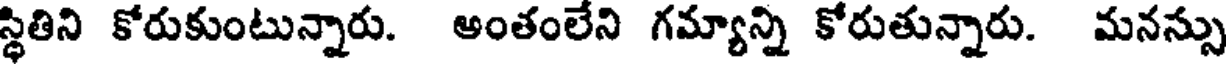
స్థితిని కోరుకుంటున్నారు. అంతంలేని గమ్యాన్ని కోరుతున్నారు. మనన్సు